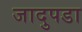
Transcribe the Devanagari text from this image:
जादुपडा